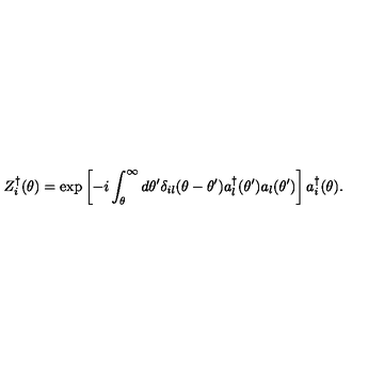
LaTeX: Z _ { i } ^ { \dagger } ( \theta ) = \exp \left[ - i \int _ { \theta } ^ { \infty } d \theta ^ { \prime } \delta _ { i l } ( \theta - \theta ^ { \prime } ) a _ { l } ^ { \dagger } ( \theta ^ { \prime } ) a _ { l } ( \theta ^ { \prime } ) \right] a _ { i } ^ { \dagger } ( \theta ) .